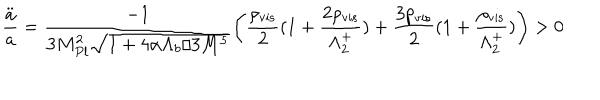
LaTeX: \frac { \ddot { a } } { a } = \frac { - 1 } { 3 M _ { P l } ^ { 2 } \sqrt { 1 + 4 \alpha \Lambda _ { b } / 3 M ^ { 5 } } } \bigg ( \frac { \rho _ { \mathrm { v i s } } } { 2 } ( 1 + \frac { 2 \rho _ { \mathrm { v i s } } } { \Lambda _ { 2 } ^ { + } } ) + \frac { 3 p _ { \mathrm { v i s } } } { 2 } ( 1 + \frac { \rho _ { \mathrm { v i s } } } { \Lambda _ { 2 } ^ { + } } ) \bigg ) > 0